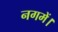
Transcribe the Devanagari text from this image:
नगमें।